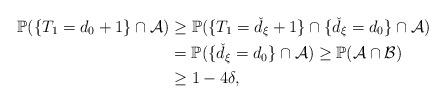
LaTeX: \begin{align*} \mathbb{P}(\{T_1 = d_0 + 1\} \cap \mathcal{A}) &\geq \mathbb{P}(\{T_1 = \check{d}_{\xi} + 1\} \cap \{\check{d}_{\xi} = d_0\} \cap \mathcal{A})\\ &= \mathbb{P}( \{\check{d}_{\xi} = d_0\} \cap \mathcal{A}) \geq \mathbb{P}( \mathcal{A} \cap \mathcal{B})\\ &\geq 1 - 4\delta,\end{align*}